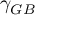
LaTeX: \gamma _ { G B }